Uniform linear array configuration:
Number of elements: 16
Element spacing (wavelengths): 0.75
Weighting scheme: uniform
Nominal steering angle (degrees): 30
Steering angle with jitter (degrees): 31.993
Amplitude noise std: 0.05
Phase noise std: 0.05

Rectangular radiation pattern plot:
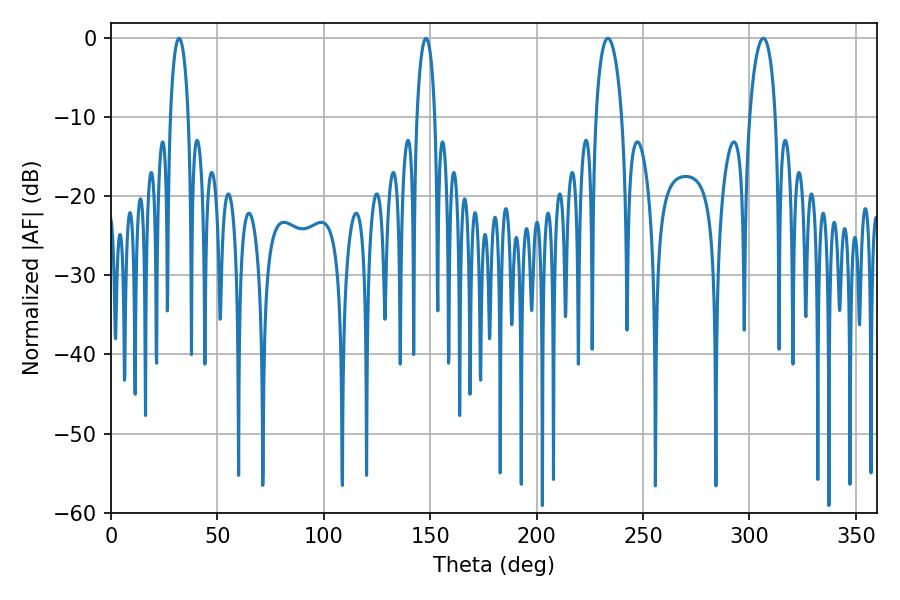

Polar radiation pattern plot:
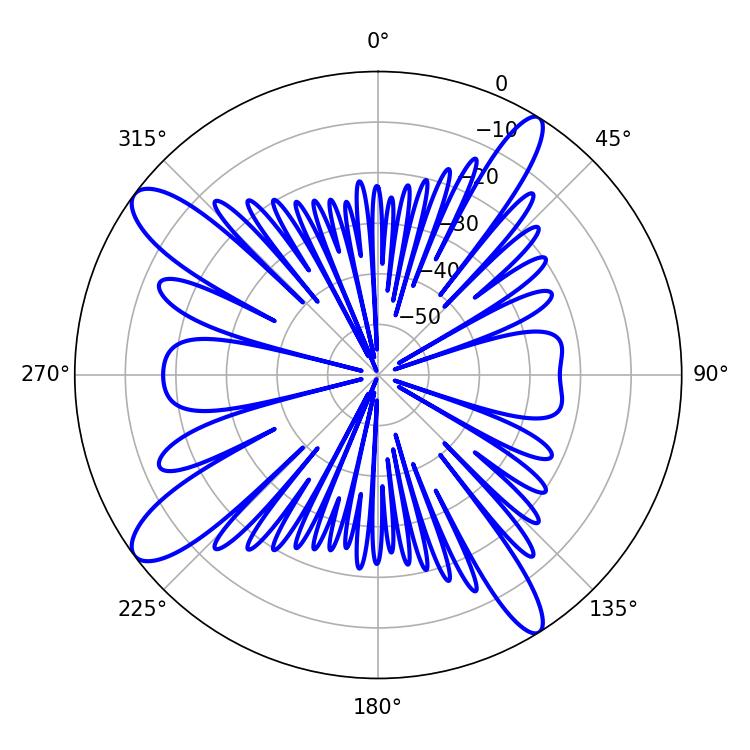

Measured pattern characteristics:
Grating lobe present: TRUE
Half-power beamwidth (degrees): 6.84
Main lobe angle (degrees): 233.46